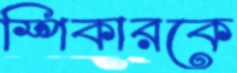
স্পিকারকে